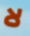
لا